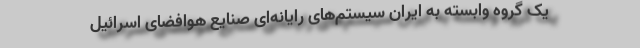
یک گروه وابسته به ایران سیستم‌های رایانه‌ای صنایع هوافضای اسرائیل